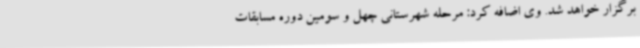
برگزار خواهد شد. وی اضافه کرد: مرحله شهرستانی چهل و سومین دوره مسابقات